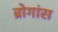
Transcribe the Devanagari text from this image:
ब्रोगांस